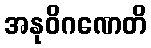
အနုဝိဂဏေတိ